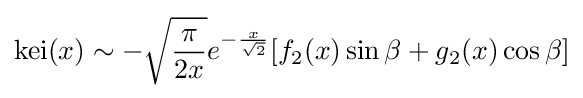
\mathrm {kei} (x)\sim -{\sqrt {\frac {\pi }{2x}}}e^{-{\frac {x}{\sqrt {2}}}}[f_{2}(x)\sin \beta +g_{2}(x)\cos \beta ]